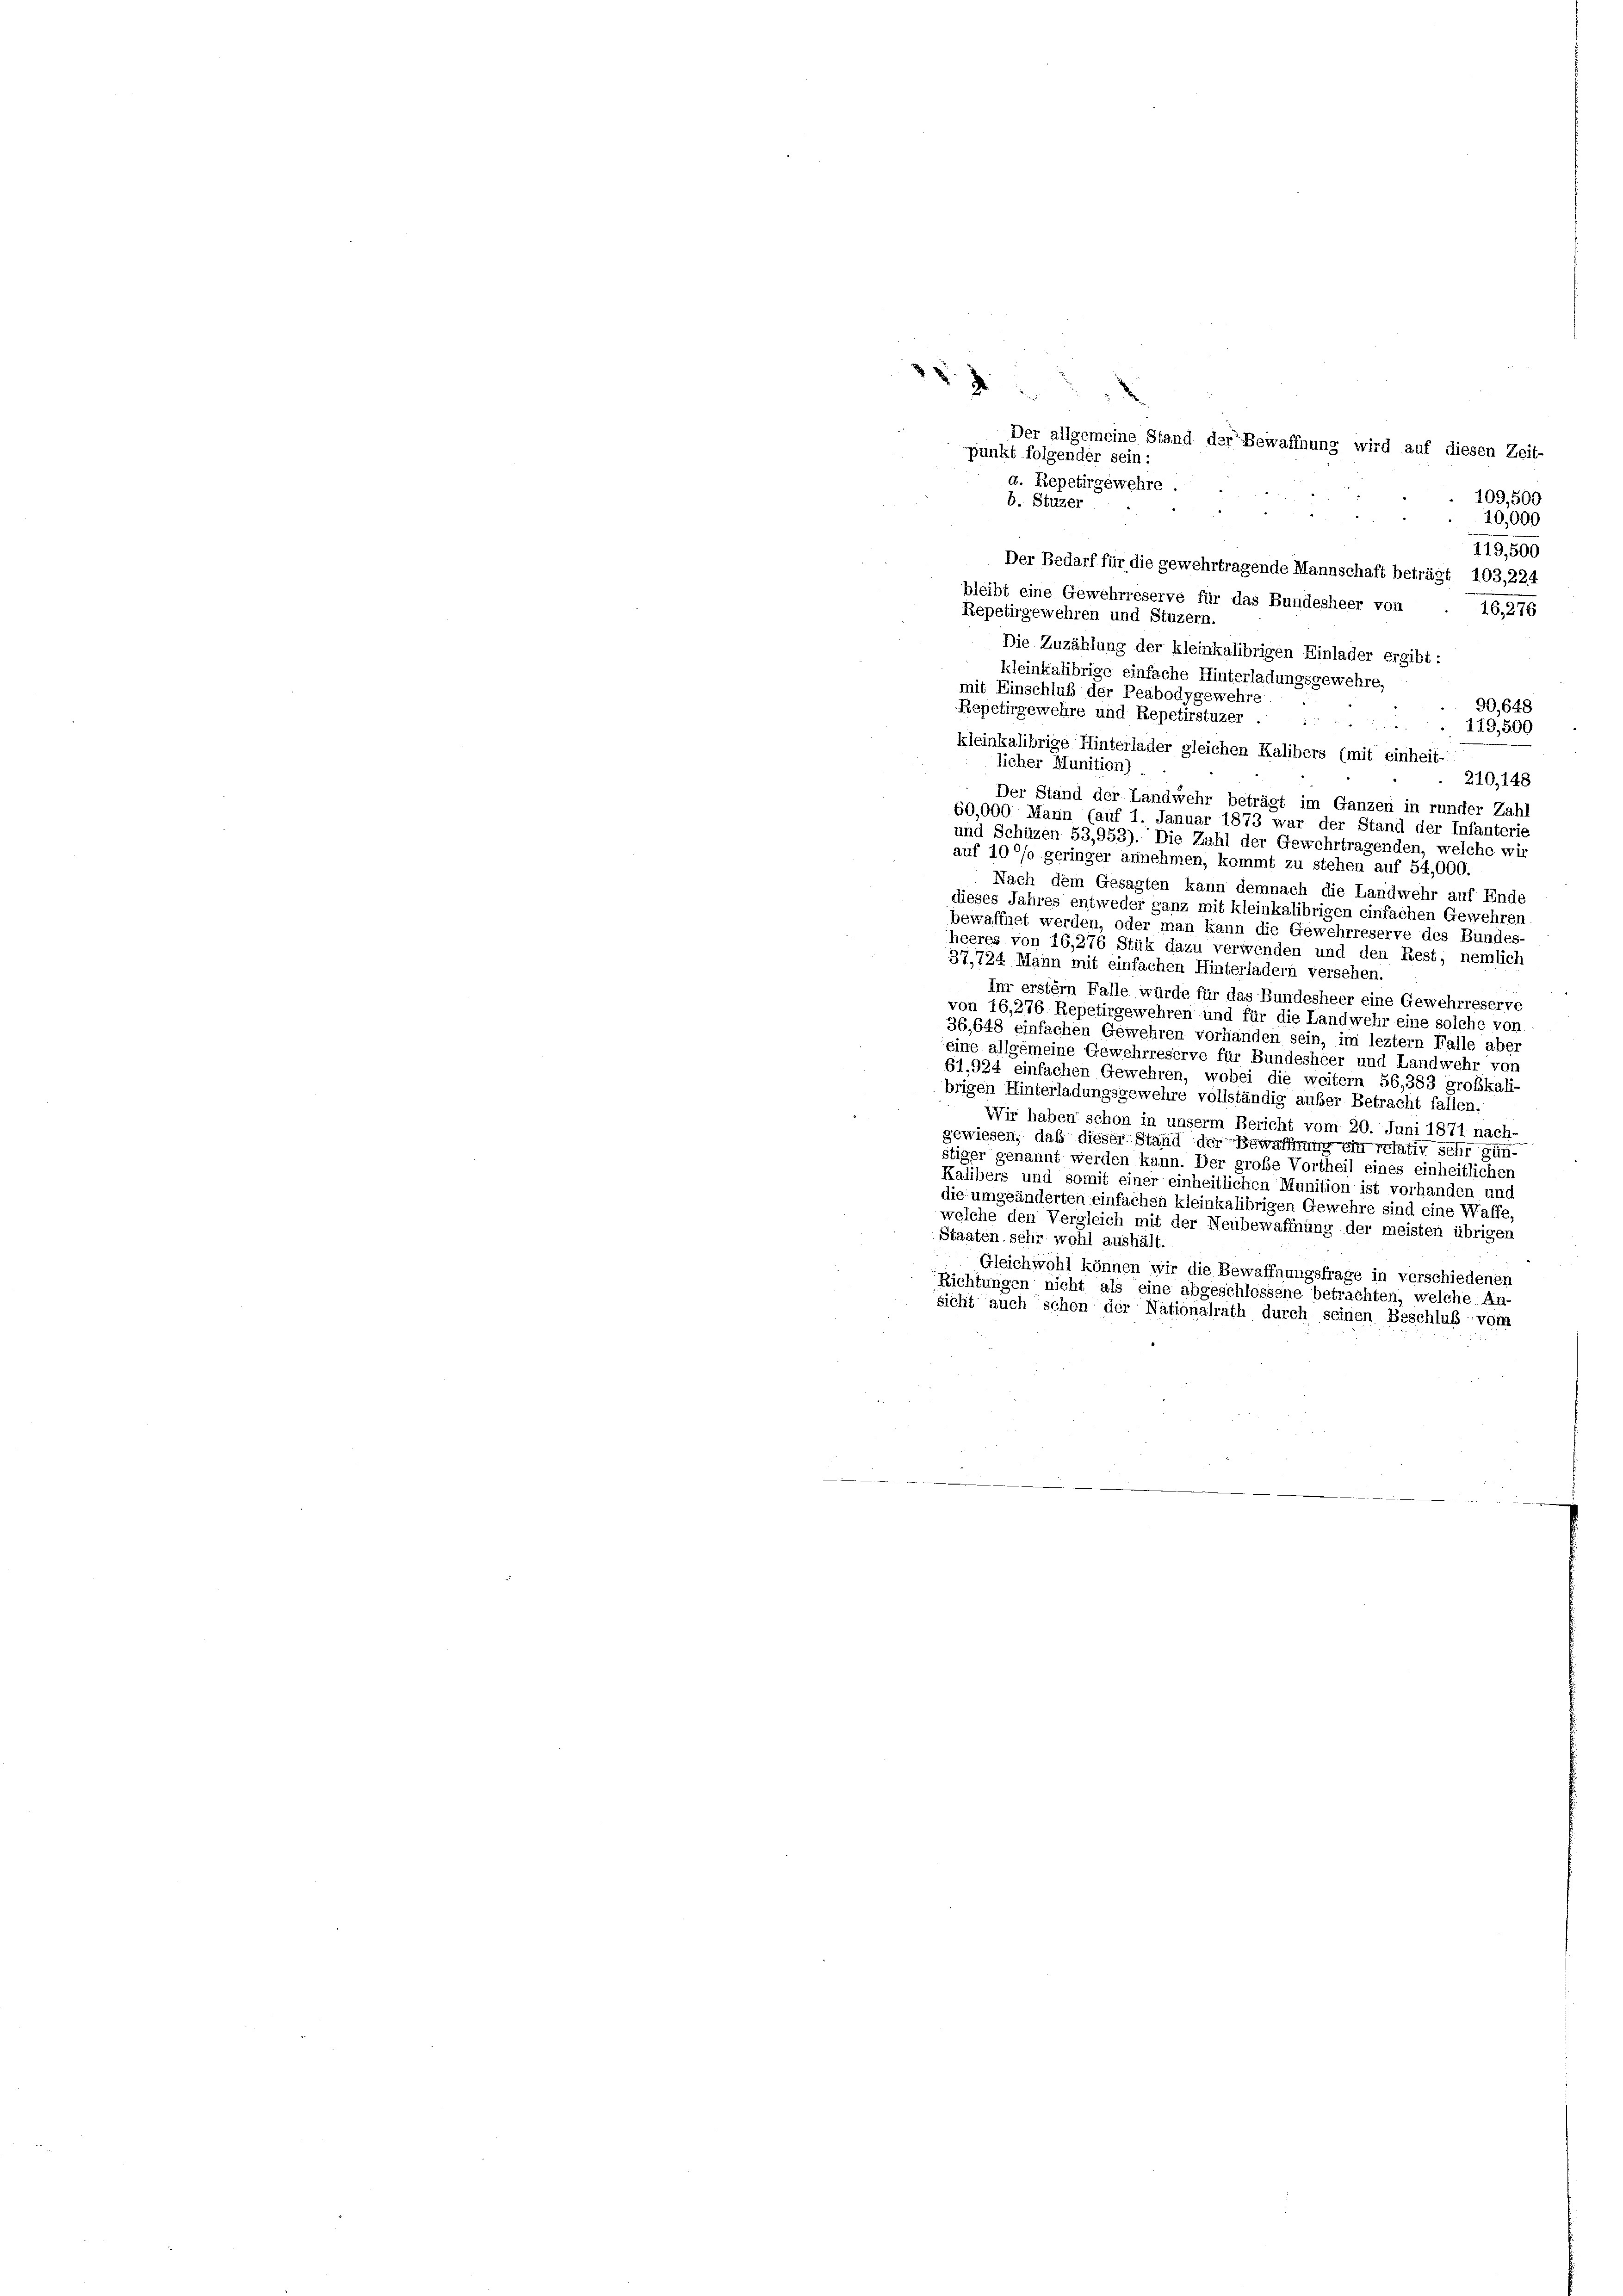
82
Der allgemeine Stand der Bewaffnung wird auf diesen Zeit-
punkt folgender sein:
109,500
b. Stuzer
10,000
119,500
Der Bedarf für die gewehrtragende Mannschaft beträgt 103,224
bleibt eine Gewehrreserve für das Bundesheer von
16,276
Repetirgewehren und Stuzern.
Die Zuzählung der kleinkalibrigen Einlader ergibt :
kleinkalibrige einfache Hinterladungsgewehre,
mit Einschluß der Peabodygewehre
90,648
Repetirgewehre und Repetirstuzer
119,500
kleinkalibrige Hinterlader gleichen Kalibers (mit einheit-
licher Munition)
210, 148
Der Stand der Landwehr beträgt im Ganzen in runder Zahl
60,000 Mann (auf 1. Januar 1873 war der Stand der Infanterie
und Schüzen 53,953). Die Zahl der Gewehrtragenden, welche wir
auf 10 °/o geringer annehmen, kommt zu stehen auf 54,000.
Nach dem Gesagten kann demnach die Landwehr auf Ende
dieses Jahres entweder ganz mit kleinkalibrigen einfachen Gewehren
bewaffnet werden, oder man kann die Gewehrreserve des Bundes-
heeres von 16,276 Stük dazu verwenden und den Rest, nemlich
37,724 Mann mit einfachen Hinterlädern versehen.
Im erstem Falle würde für das Bundesheer eine Gewehrreserve
von 16,276 Repetirgewehren und für die Landwehr eine solche von
36, 648 einfachen Gewehren vorhanden sein, im leztem Falle aber
eine allgemeine Gewehrreserve für Bundesheer und Landwehr von
61,924 einfachen Gewehren, wobei die weitern 56,383 großkali-
brigen Hinterladungsgewehre vollständig aufer Betracht fallen,
Wir haben schon in unserm Bericht vom 20. Juni 1871 nach-
gewiesen, daß dieser Stand der Bewaffnung ein relativ sehr gün-
stiger genannt werden kann. Der große Vortheil eines einheitlichen
Kalibers und somit einer einheitlichen Munition ist vorhanden und
die umgeänderten einfachen kleinkalibrigen Gewehre sind eine Waffe,
welche den Vergleich mit der Neubewaffnung der meisten übrigen
Staaten sehr wohl aushält.
Gleichwohl können wir die Bewaffnungsfrage in verschiedenen
Richtungen nicht als eine abgeschlossene betrachten, welche An-
sicht auch schon der Nationalrath durch seinen Beschluß vom

d. Repetirgewehre.